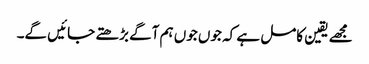
مجھے یقین کامل ہے کہ جوں جوں ہم آگے بڑھتے جائیں گے۔